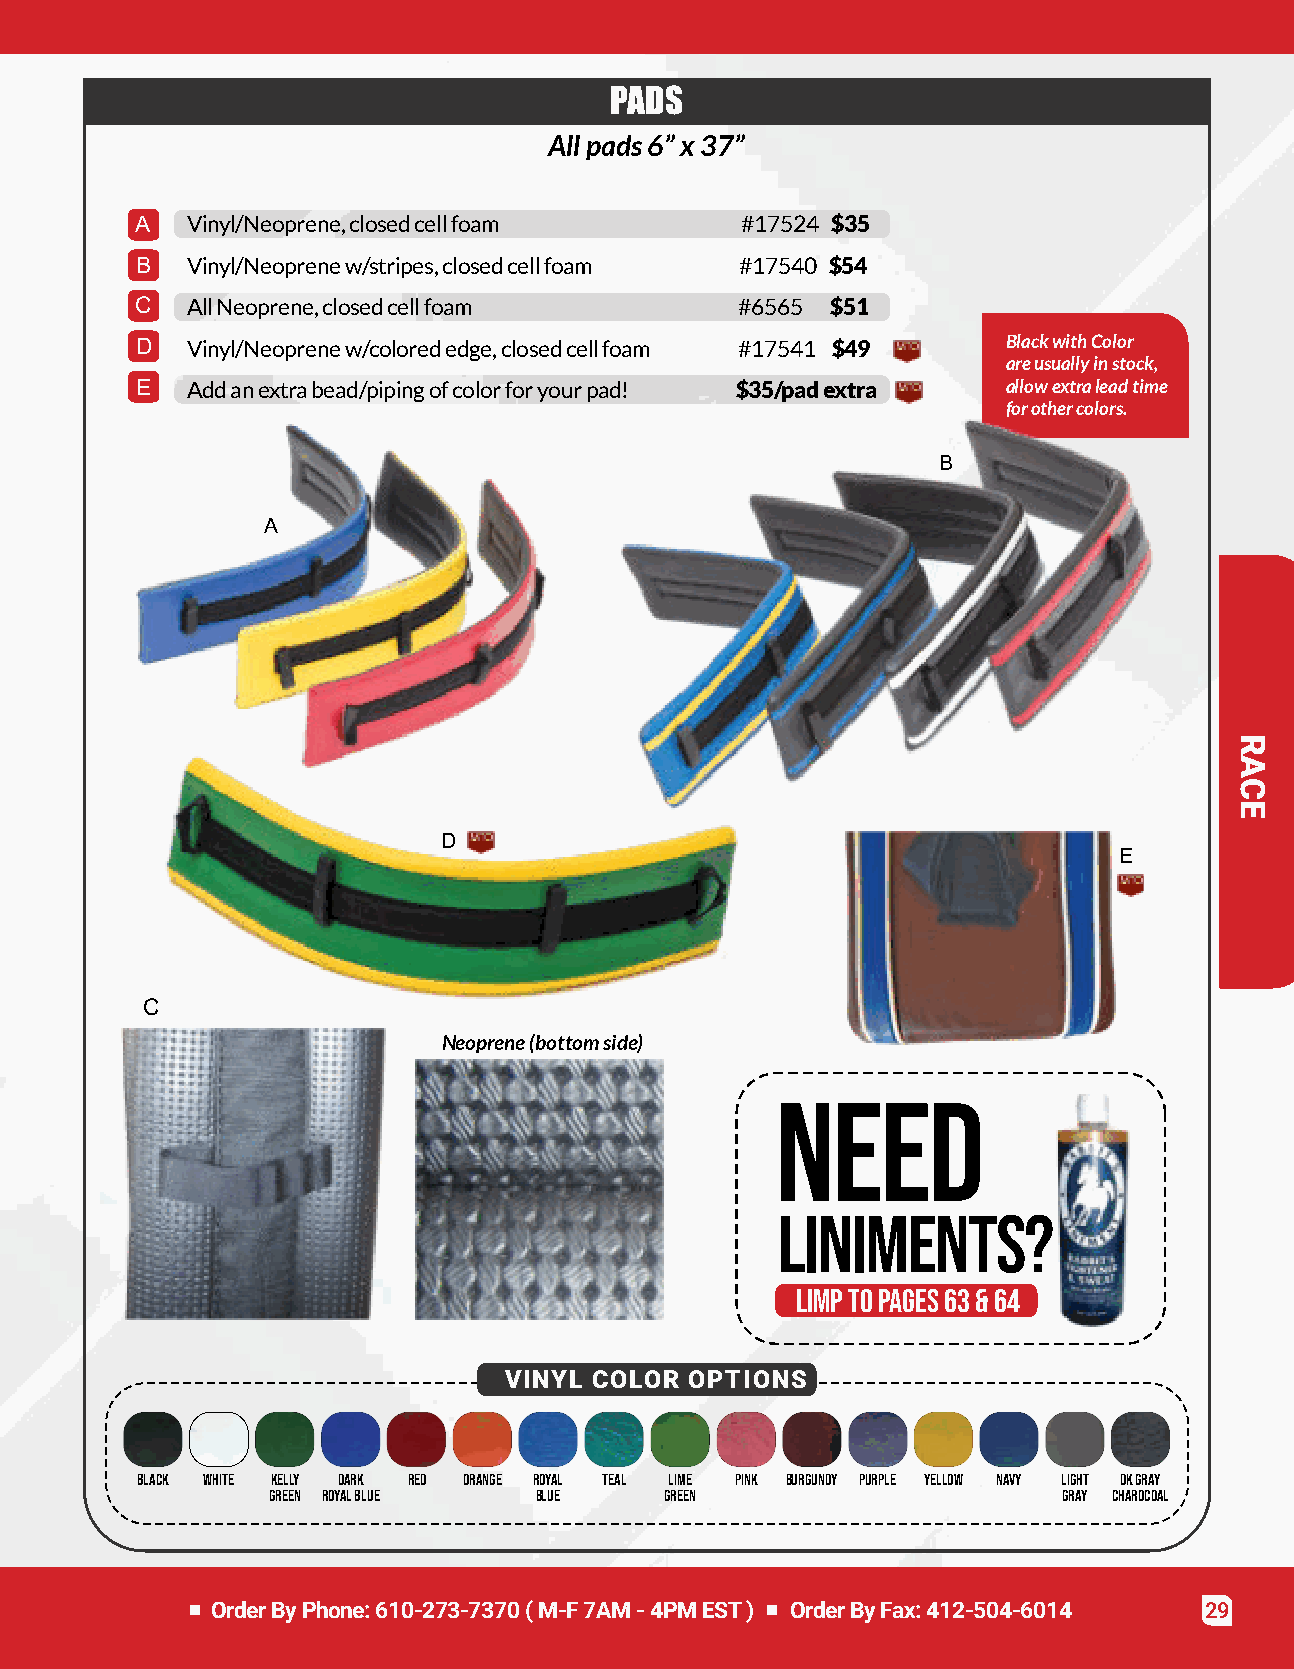
PADS
 Allpads6”x37”
 A  Vinyl/Neoprene,closedcellfoam        #17524 $35
 B  Vinyl/Neoprenew/stripes,closedcellfoam #17540 $54
 C  AllNeoprene,closedcellfoam           #6565 $51
 D  Vinyl/Neoprenew/colorededge,closedcellfoam #17541 $49  BlackwithColor
 areusuallyinstock,
 E  Addanextrabead/pipingofcolorforyourpad! $35/padextra   allowextraleadtime
 forothercolors.
 B
 A
 D
 E
 C
 Neoprene(bottomside)
 NEED
 LINIMENTS?
 Limptopages63&64
 VINYL COLOR  OPTIONS
 Black White Kelly Dark Red Orange Royal Teal Lime Pink Burgundy Purple Yellow Navy Light DkGray
 Green RoyalBlue  Blue     Green                     Gray Charocoal
 OrderByPhone:610-273-7370(M-F7AM-4PMEST) OrderByFax:412-504-6014  29
 RACE